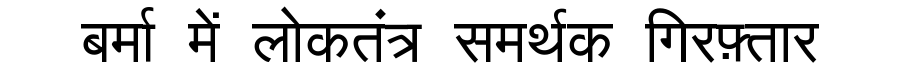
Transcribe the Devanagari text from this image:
बर्मा में लोकतंत्र समर्थक गिरफ़्तार